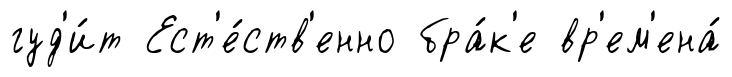
гуд'и́т Ест'е́ств'енно бра́к'е вр'ем'ена́